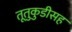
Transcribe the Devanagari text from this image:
तूतुकुडीसह